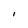
Character: I